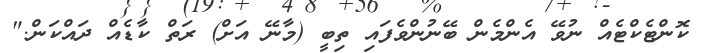
ކޮންޓެކްޓެއް ނުވޭ އެންމެން ބޭނުންވެފައި ތިބީ (މާނޭ އަށް) ރަތް ކާޑެއް ދައްކަން."